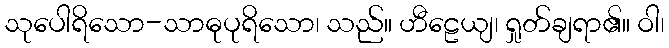
သုပေါရိသော-သာဓုပုရိသော၊ သည်။ ဟီဠေယျ၊ ရှုတ်ချရာ၏။ ဝါ၊